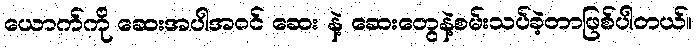
ယောက်ကို ဆေးအပါအဝင် ဆေး နဲ့ ဆေးတွေနဲ့စမ်းသပ်ခဲ့တာဖြစ်ပါတယ်။